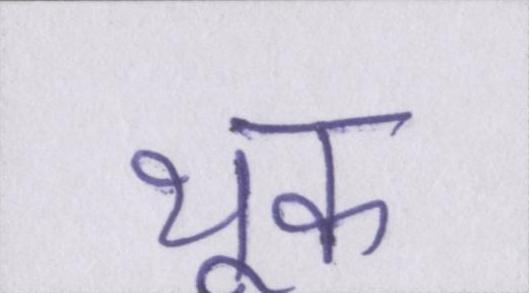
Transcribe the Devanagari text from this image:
थूक